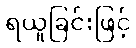
ရယူခြင်းဖြင့်